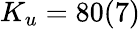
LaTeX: K_{u}=80(7)